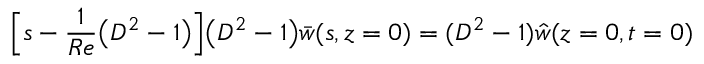
\Big [ s - \frac { 1 } { R e } \big ( D ^ { 2 } - 1 \big ) \Big ] \big ( D ^ { 2 } - 1 \big ) \bar { w } ( s , z = 0 ) = ( D ^ { 2 } - 1 ) \hat { w } ( z = 0 , t = 0 )